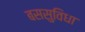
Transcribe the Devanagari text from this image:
बससुविधा